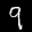
Label: 9